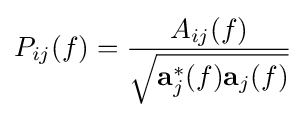
P_{ij}(f)={\frac {A_{ij}(f)}{\sqrt {\mathbf {a} _{j}^{*}(f)\mathbf {a} _{j}(f)}}}